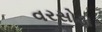
વરસોડા